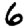
Digit: 6